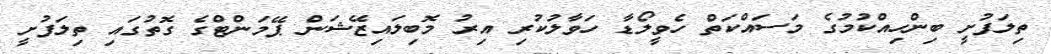
ތިލަފުށީ ބިންހިއްކުމުގެ މަސައްކަތް ހެވީލޯޑާ ހަވާލުކުރި އިރު މޮބިލައިޒޭޝަން ޕޭމަންޓްގެ ގޮތުގައި ތިލަފުށީ